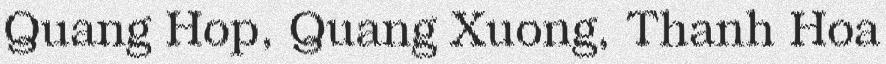
Quang Hop, Quang Xuong, Thanh Hoa